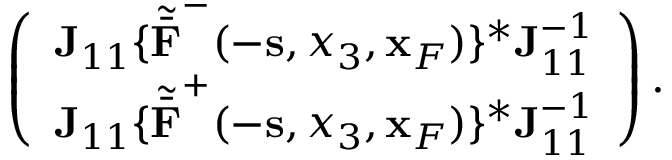
\begin{array} { r l r } & { } & { \left( \begin{array} { l } { { \bf J } _ { 1 1 } \{ { \tilde { \bar { \bf F } } } ^ { - } ( - { \bf s } , x _ { 3 } , { \bf x } _ { F } ) \} ^ { * } { \bf J } _ { 1 1 } ^ { - 1 } } \\ { { \bf J } _ { 1 1 } \{ { \tilde { \bar { \bf F } } } ^ { + } ( - { \bf s } , x _ { 3 } , { \bf x } _ { F } ) \} ^ { * } { \bf J } _ { 1 1 } ^ { - 1 } } \end{array} \right) . } \end{array}